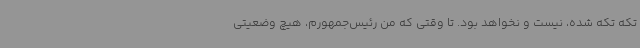
تکه تکه شده، نیست و نخواهد بود. تا وقتی که من رئیس‌جمهورم، هیچ وضعیتی